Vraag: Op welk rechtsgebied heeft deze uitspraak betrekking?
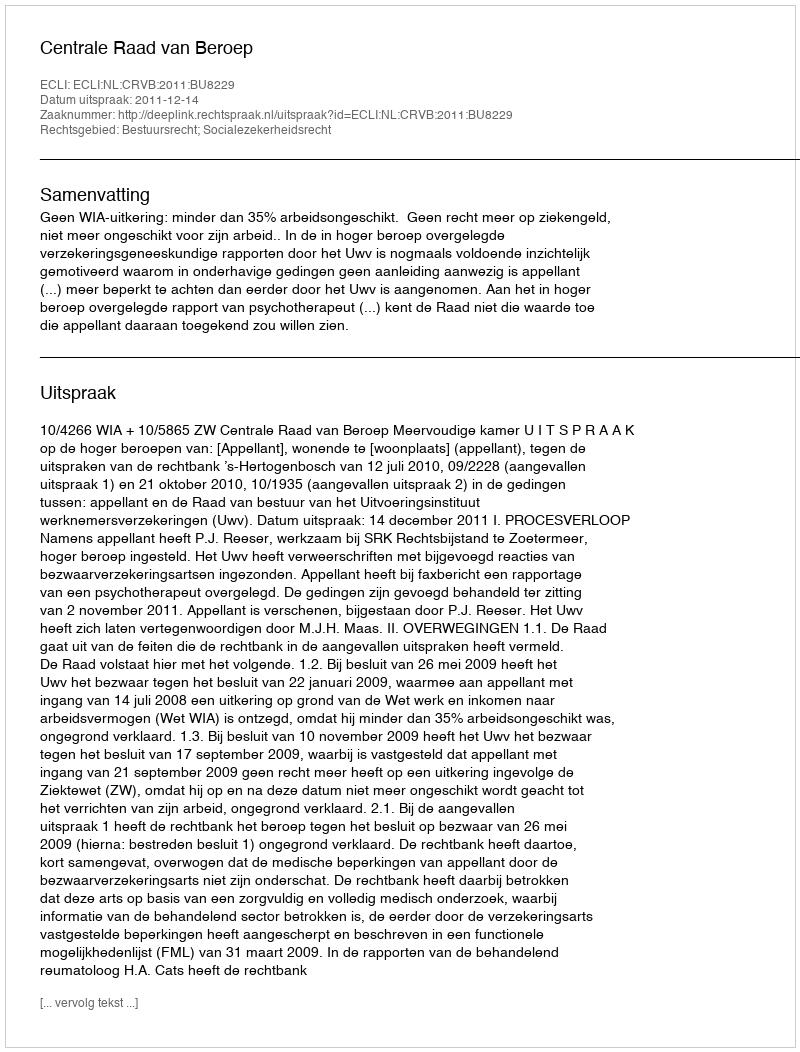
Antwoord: Bestuursrecht; Socialezekerheidsrecht